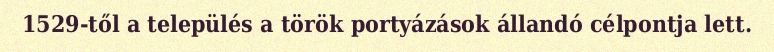
1529-től a település a török portyázások állandó célpontja lett.